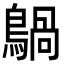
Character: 𪃀